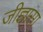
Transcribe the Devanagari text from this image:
जीज्ञासा